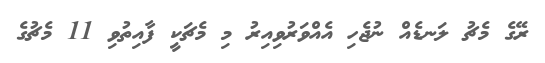
ރޭގެ މެޗު ލަނޑެއް ނުޖެހި އެއްވަރުވިއިރު މި މެޗަކީ ފާއިތުވި 11 މެޗުގެ